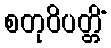
စတုဝိပတ္တိံ